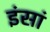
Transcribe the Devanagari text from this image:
इंसां